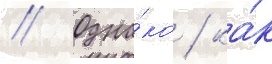
// Одна́ко / ка́к